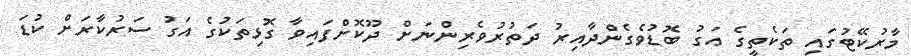
މާރުކޭޓުގައި ތަކެތީގެ އަގު ބޮޑުވެގެންދާއިރު ދަތުރުވެރިންނަށް ދޫކޮށްފައިވާ ގޮޅިތަކުގެ އަގު ސަރުކާރަށް ކުޑަ